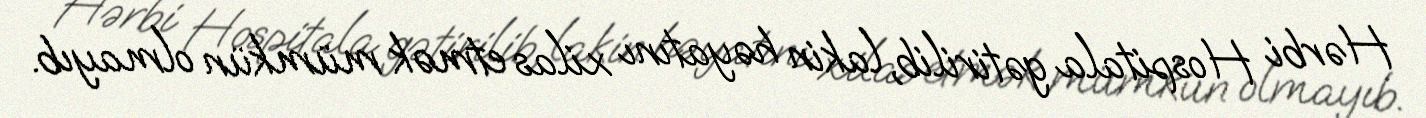
Hərbi Hospitala gətirilib, lakin həyatını xilas etmək mümkün olmayıb.